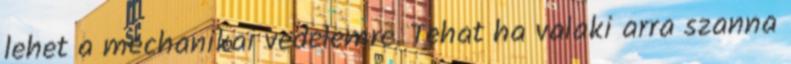
lehet a mechanikai vedelemre. Tehat ha valaki arra szanna